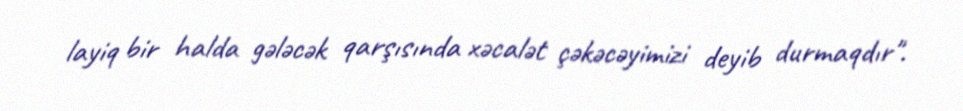
layiq bir halda gələcək qarşısında xəcalət çəkəcəyimizi deyib durmaqdır".